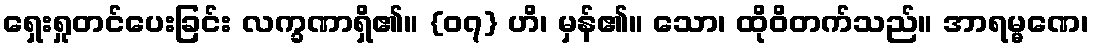
ရှေးရှုတင်ပေးခြင်း လက္ခဏာရှိ၏။ {၀၇} ဟိ၊ မှန်၏။ သော၊ ထိုဝိတက်သည်။ အာရမ္မဏေ၊